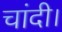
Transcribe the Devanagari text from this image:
चांदी।